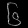
Digit: ၆